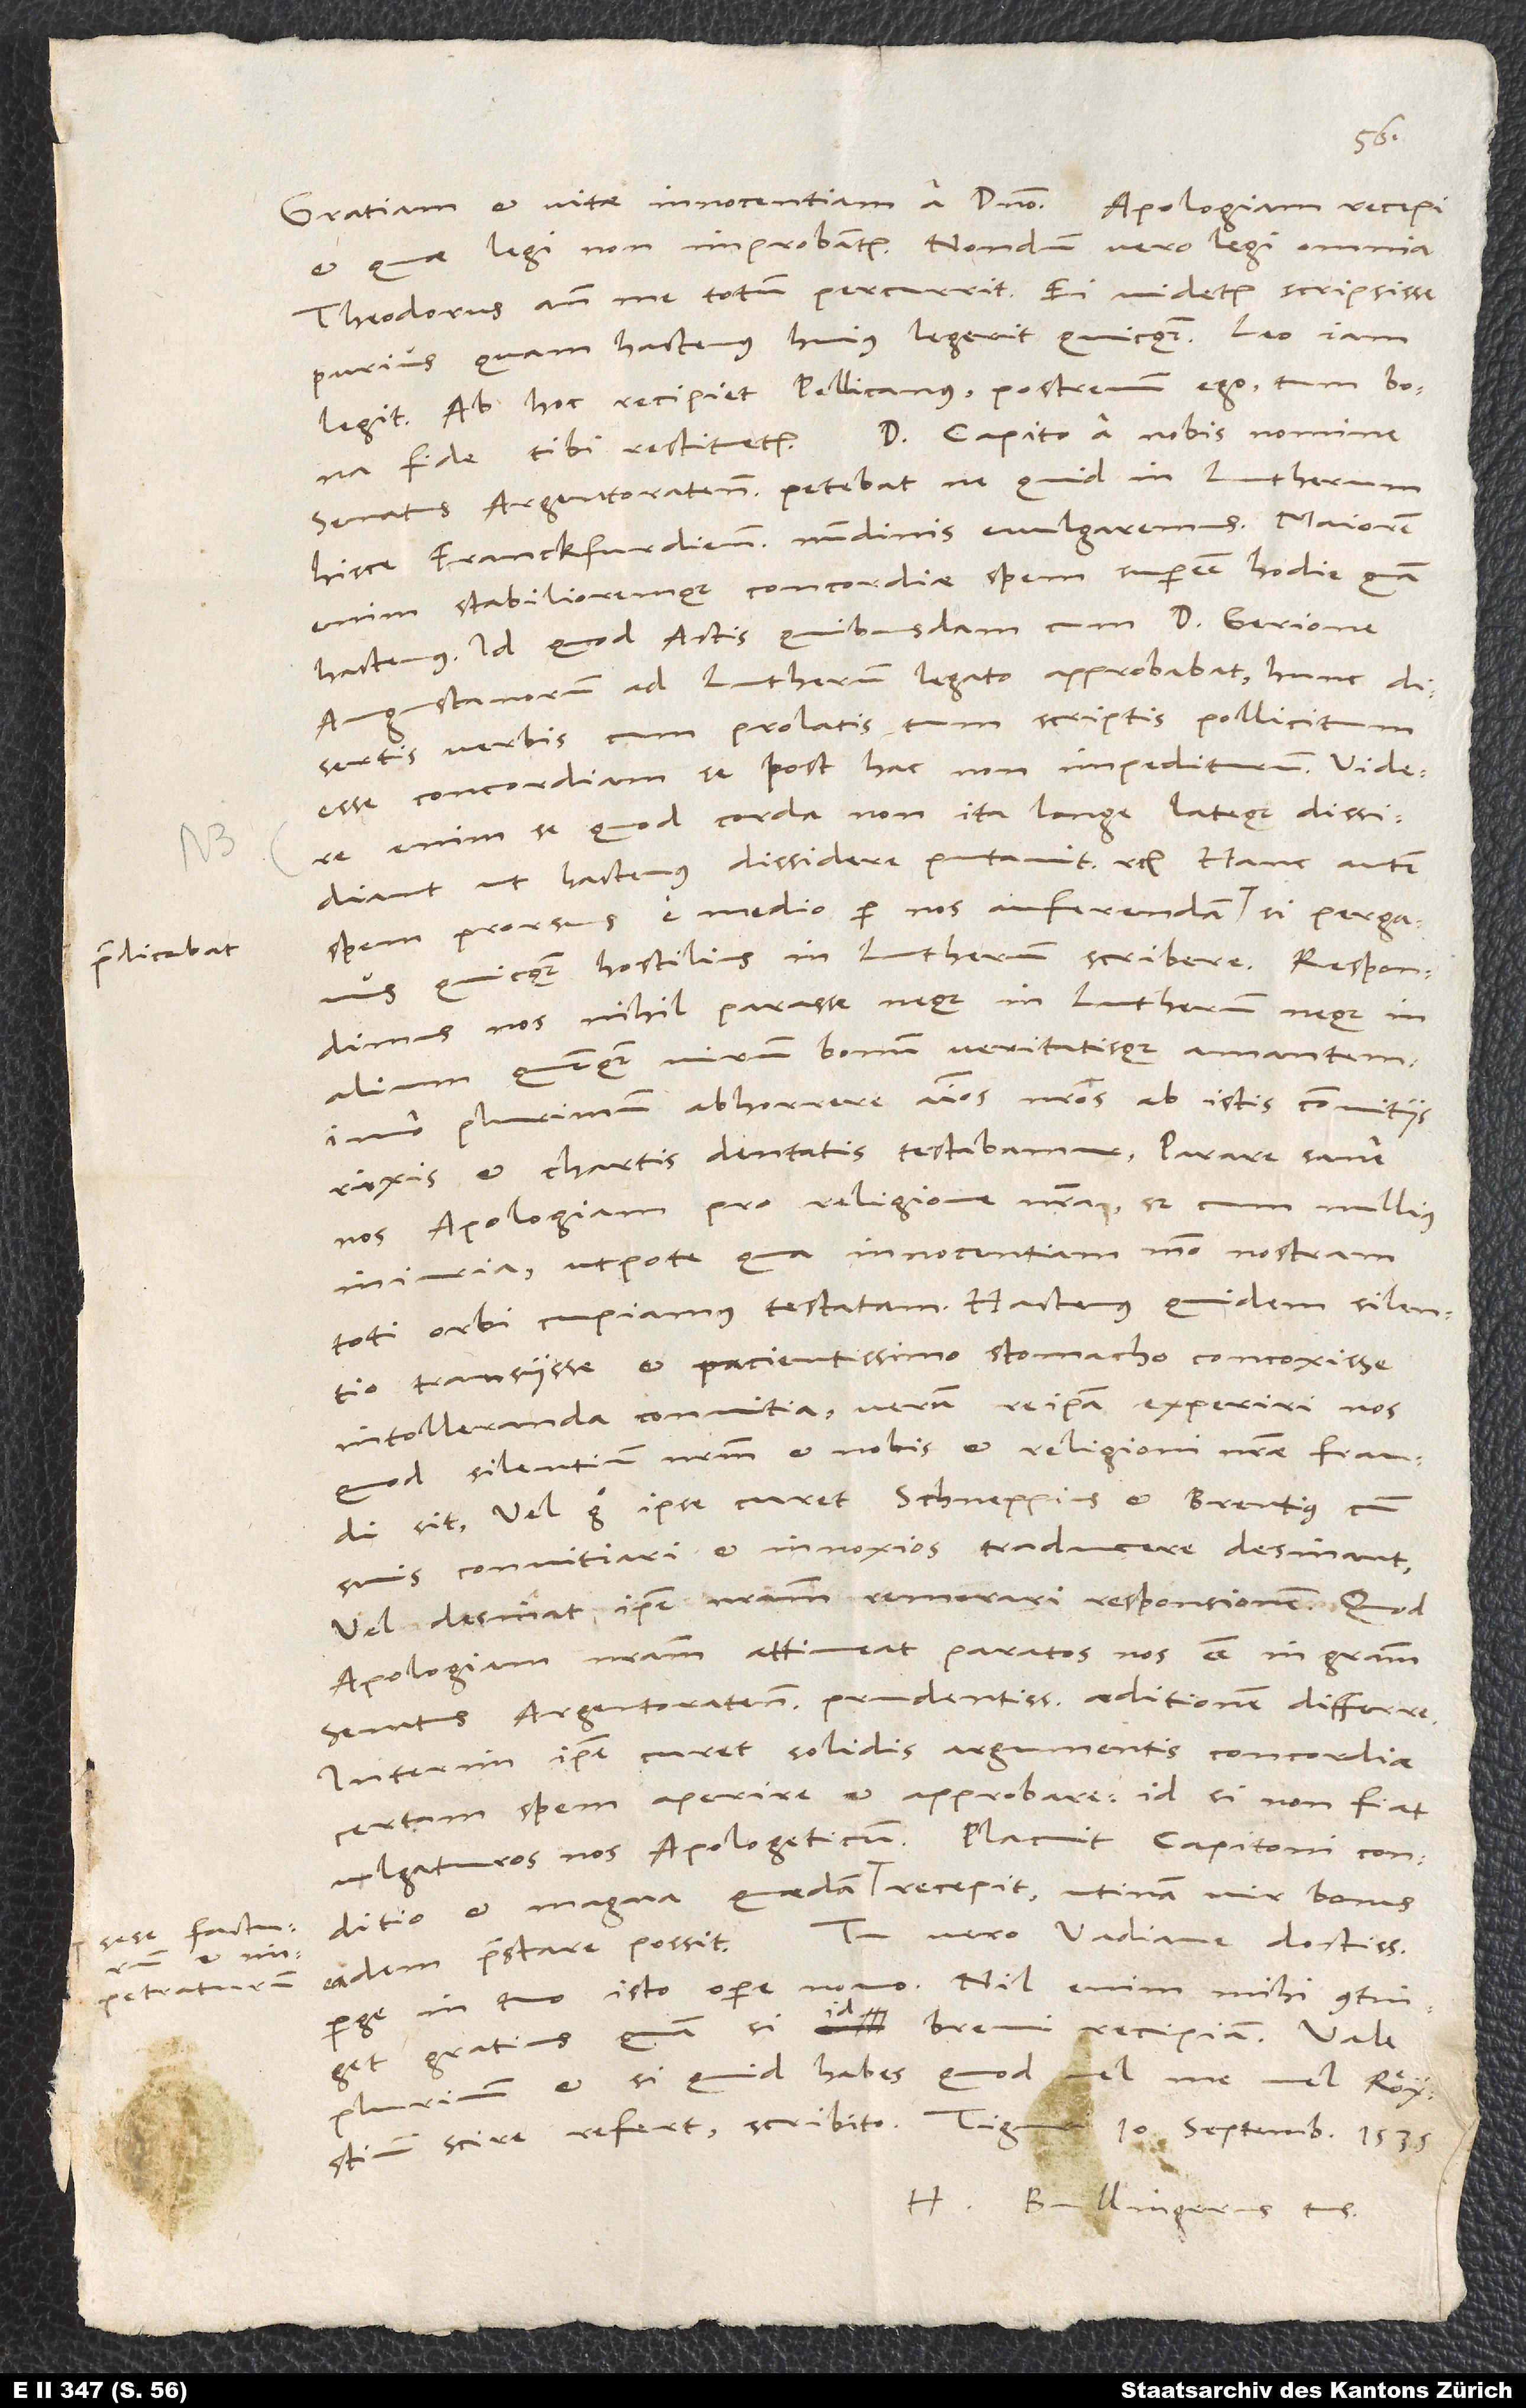
praedicabat,
sese facturum
impetraturum

et, quae legi, non improbantur. Nondum vero legi omnia.
Theodorus ante me totum percurrit. Ei videtur scripsisse
purius, quam hactenus huius legerit quicquam. Leo iam
legit. Ab hoc recipiet Pellicanus, postremum ego, tum bona
senatus Argentoratensis petebat, ne quid in Lutherum
hisce Franckfurdiensibus nundinis evulgaremus. Maiorem
enim stabilioremque concordiae spem superesse hodie quam
hactenus, id quod actis quibusdam cum doctore Gerione,
Augustanorum ad Lutherum legato, approbabat: Hunc
disertis verbis cum prolatis tum scriptis pollicitum
esse concordiam se post hac non impediturum. Videre
enim se, quod corda non ita longe lateque dissidiant,
ut hactenus dissidere putavit etc. Hanc autem
spem prorsus e medio per nos auferendam
quicquam hostilius in Lutherum scribere. Respondimus
nos nihil parasse neque in Lutherum neque in
alium quenquam virum bonum veritatisque amantem;
imo plurimum abhorrere animos nostros ab istis convitiis,
rixis et chartis dentatis testabamur. Parare sane
nos apologiam pro religione nostra, sed cum nullius
iniuria, utpote qua innocentiam modo nostram
toti orbi cupiamus testatam. Hactenus quidem silentio
transiisse et pacientissimo stomacho concoxisse
intolleranda convitia, verum re ipsa experiri nos,
quod silentium nostrum et nobis et religioni nostrae fraudi
sit. Vel ergo ipse curet, Schneppius et Brentius cum
suis convitiari et innoxios traducere desinant,
vel desinat ipse nostram remorari responsionem. Quod
apologiam nostram attineat, paratos nos esse in gratiam
senatus Argentoratensis prudentissimi aeditionem differre.
Interim ipse curet solidis argumentis concordiae
certam spem aperire et approbare. Id si non fiat,
vulgaturos nos Apologeticum. Placuit Capitoni conditio,
perge in tuo isto opere novo. Nil enim mihi continget
gratius, quam si id brevi recipiam.
plurimum, et si quid habes, quod vel me vel Röystium
H. Bullingerus tuus.